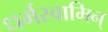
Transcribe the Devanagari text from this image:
धर्मस्वामिन्